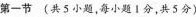
第一节(共5小题，每小题1分，共5分)